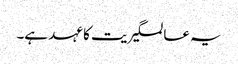
یہ عالمگیریت کا عہد ہے۔